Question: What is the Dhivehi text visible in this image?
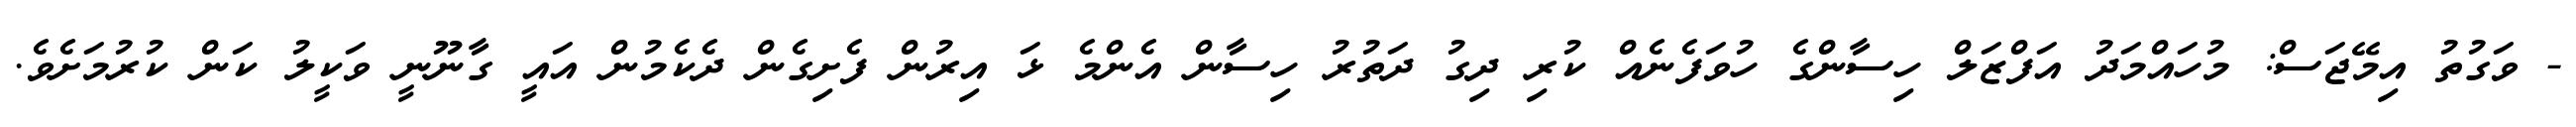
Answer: - ވަގުތު އިމޭޖަސް: މުހައްމަދު އަފްޒަލް ހިސާންގެ ހުވަފެނެއް ކުރި ދިގު ދަތުރު ހިސާން އެންމެ ޅަ އިރުން ފެށިގެން ދެކެމުން އައީ ގާނޫނީ ވަކީލު ކަން ކުރުމަށެވެ.